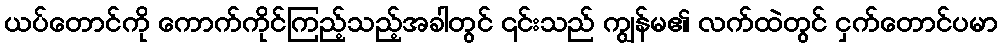
ယပ်တောင်ကို ကောက်ကိုင်ကြည့်သည့်အခါတွင် ၎င်းသည် ကျွန်မ၏ လက်ထဲတွင် ငှက်တောင်ပမာ